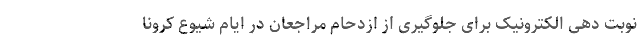
نوبت دهی الکترونیک برای جلوگیری از ازدحام مراجعان در ایام شیوع کرونا